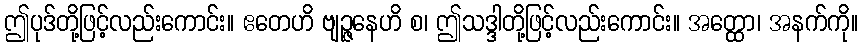
ဤပုဒ်တို့ဖြင့်လည်းကောင်း။ ဧတေဟိ ဗျဉ္ဇနေဟိ စ၊ ဤသဒ္ဒါတို့ဖြင့်လည်းကောင်း။ အတ္ထော၊ အနက်ကို။